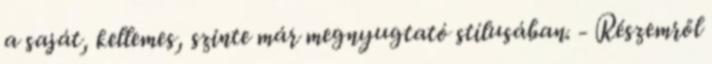
a saját, kellemes, szinte már megnyugtató stílusában. - Részemről